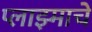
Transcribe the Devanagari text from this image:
प्लाझ्माचे